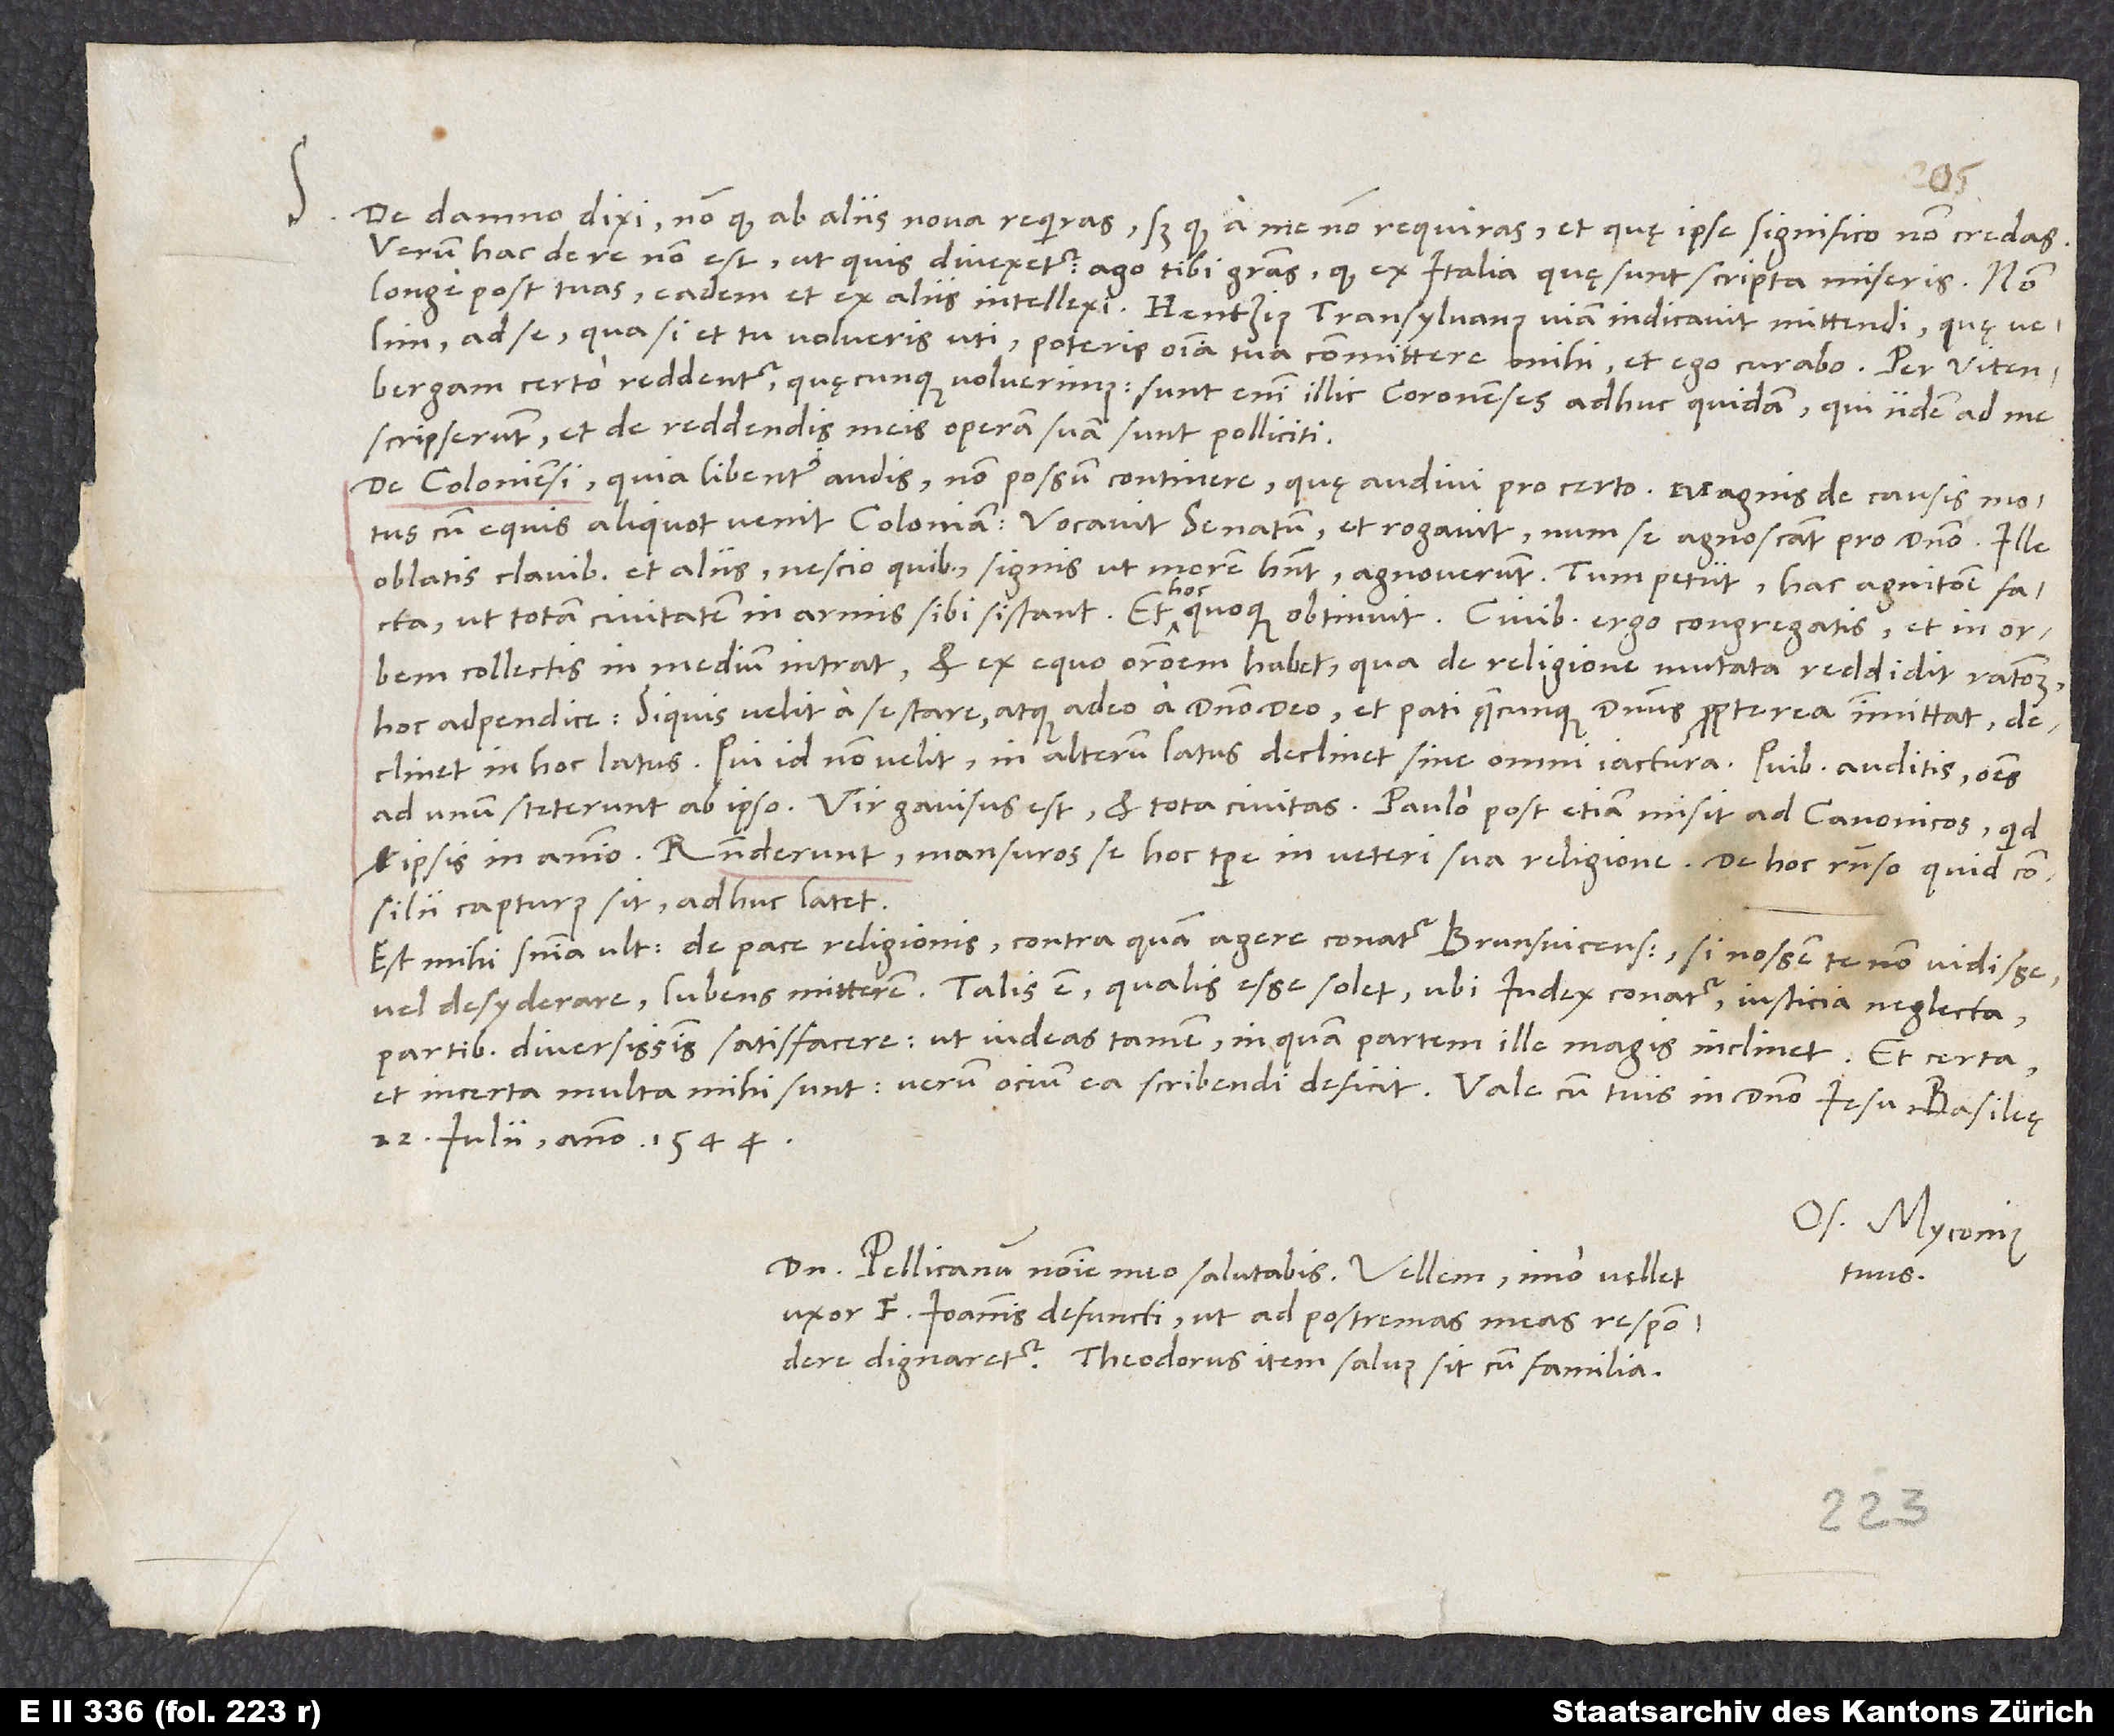
De damno dixi, non quod ab aliis nova requiras, sed quod a me non requiras et, quę ipse significo, non credas.
Verum hac de re non est, ut quis divexetur. Ago tibi gratias, quod, ex Italia quę sunt scripta, miseris; non
ad se; qua, si et tu volueris uti, poteris omnia tua committere mihi, et ego curabo. Per Vitenbergam
certo reddentur, quęcunque voluerimus; sunt enim illic Coronenses adhuc quidam, qui iidem ad me
scripserunt et de reddendis meis operam suam sunt polliciti.
De Coloniensi quia libenter audis, non possum continere, quę audivi pro certo. Magnis de causis motus
cum equis aliquot venit Coloniam; vocavit senatum et rogavit, num se agnoscant pro domino. Illum
oblatis clavibus et aliis nescio quibus signis, ut morem habent, agnoverunt. Tum petiit hac agnitione facta,
ut totam civitatem in armis sibi sistant. Et hoc quoque obtinuit. Civibus ergo congregatis et in orbem
collectis in medium intrat et ex equo orationem habet, qua de religione mutata reddidit rationem
hoc adpendice: Si quis velit a se stare atque adeo a domino deo et pati, quęcunque dominus propterea immittat,
declinet in hoc latus; qui id non velit, in alterum latus declinet sine omni iactura. Quibus auditis omnes
ad unum steterunt ab ipso. Vir gavisus est et tota civitas. Paulo post etiam misit ad canonicos, quid
vel ipsis in animo. Responderunt mansuros se hoc tempore in veteri sua religione. De hoc responso quid consilii
capturus sit, adhuc latet.
Est mihi sententia ultima de pace religionis, contra quam agere conatur Brunsvicensis; si nossem te non vidisse
vel desyderare, lubens mitterem. Talis est, qualis esse solet, ubi iudex conatur iusticia neglecta
partibus diversissimis satisfacere, ut videas tamen, in quam partem ille magis inclinet.
et incerta multa mihi sunt; verum ocium ea scribendi deficit. Vale cum tuis in domino Iesu.
22. iulii anno 1544.
Os. Myconius
Dominum Pellicanum nomine meo salutabis. Vellem, imo vellet
tuus.
uxor f Ioannis defuncti, ut ad postremas meas respondere
dignaretur. Theodorus item salvus sit cum familia.